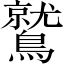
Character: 鷲